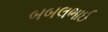
બબલભાઈ